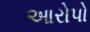
આરોપો